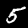
Label: 5